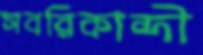
সবরিকান্দী